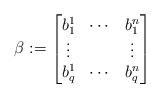
LaTeX: \begin{align*} \beta:= \left[\begin{matrix} b_1^1 &\cdots& b_1^n\\\vdots && \vdots\\b_q^1 &\cdots& b_q^n\end{matrix}\right]\end{align*}